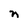
Character: n